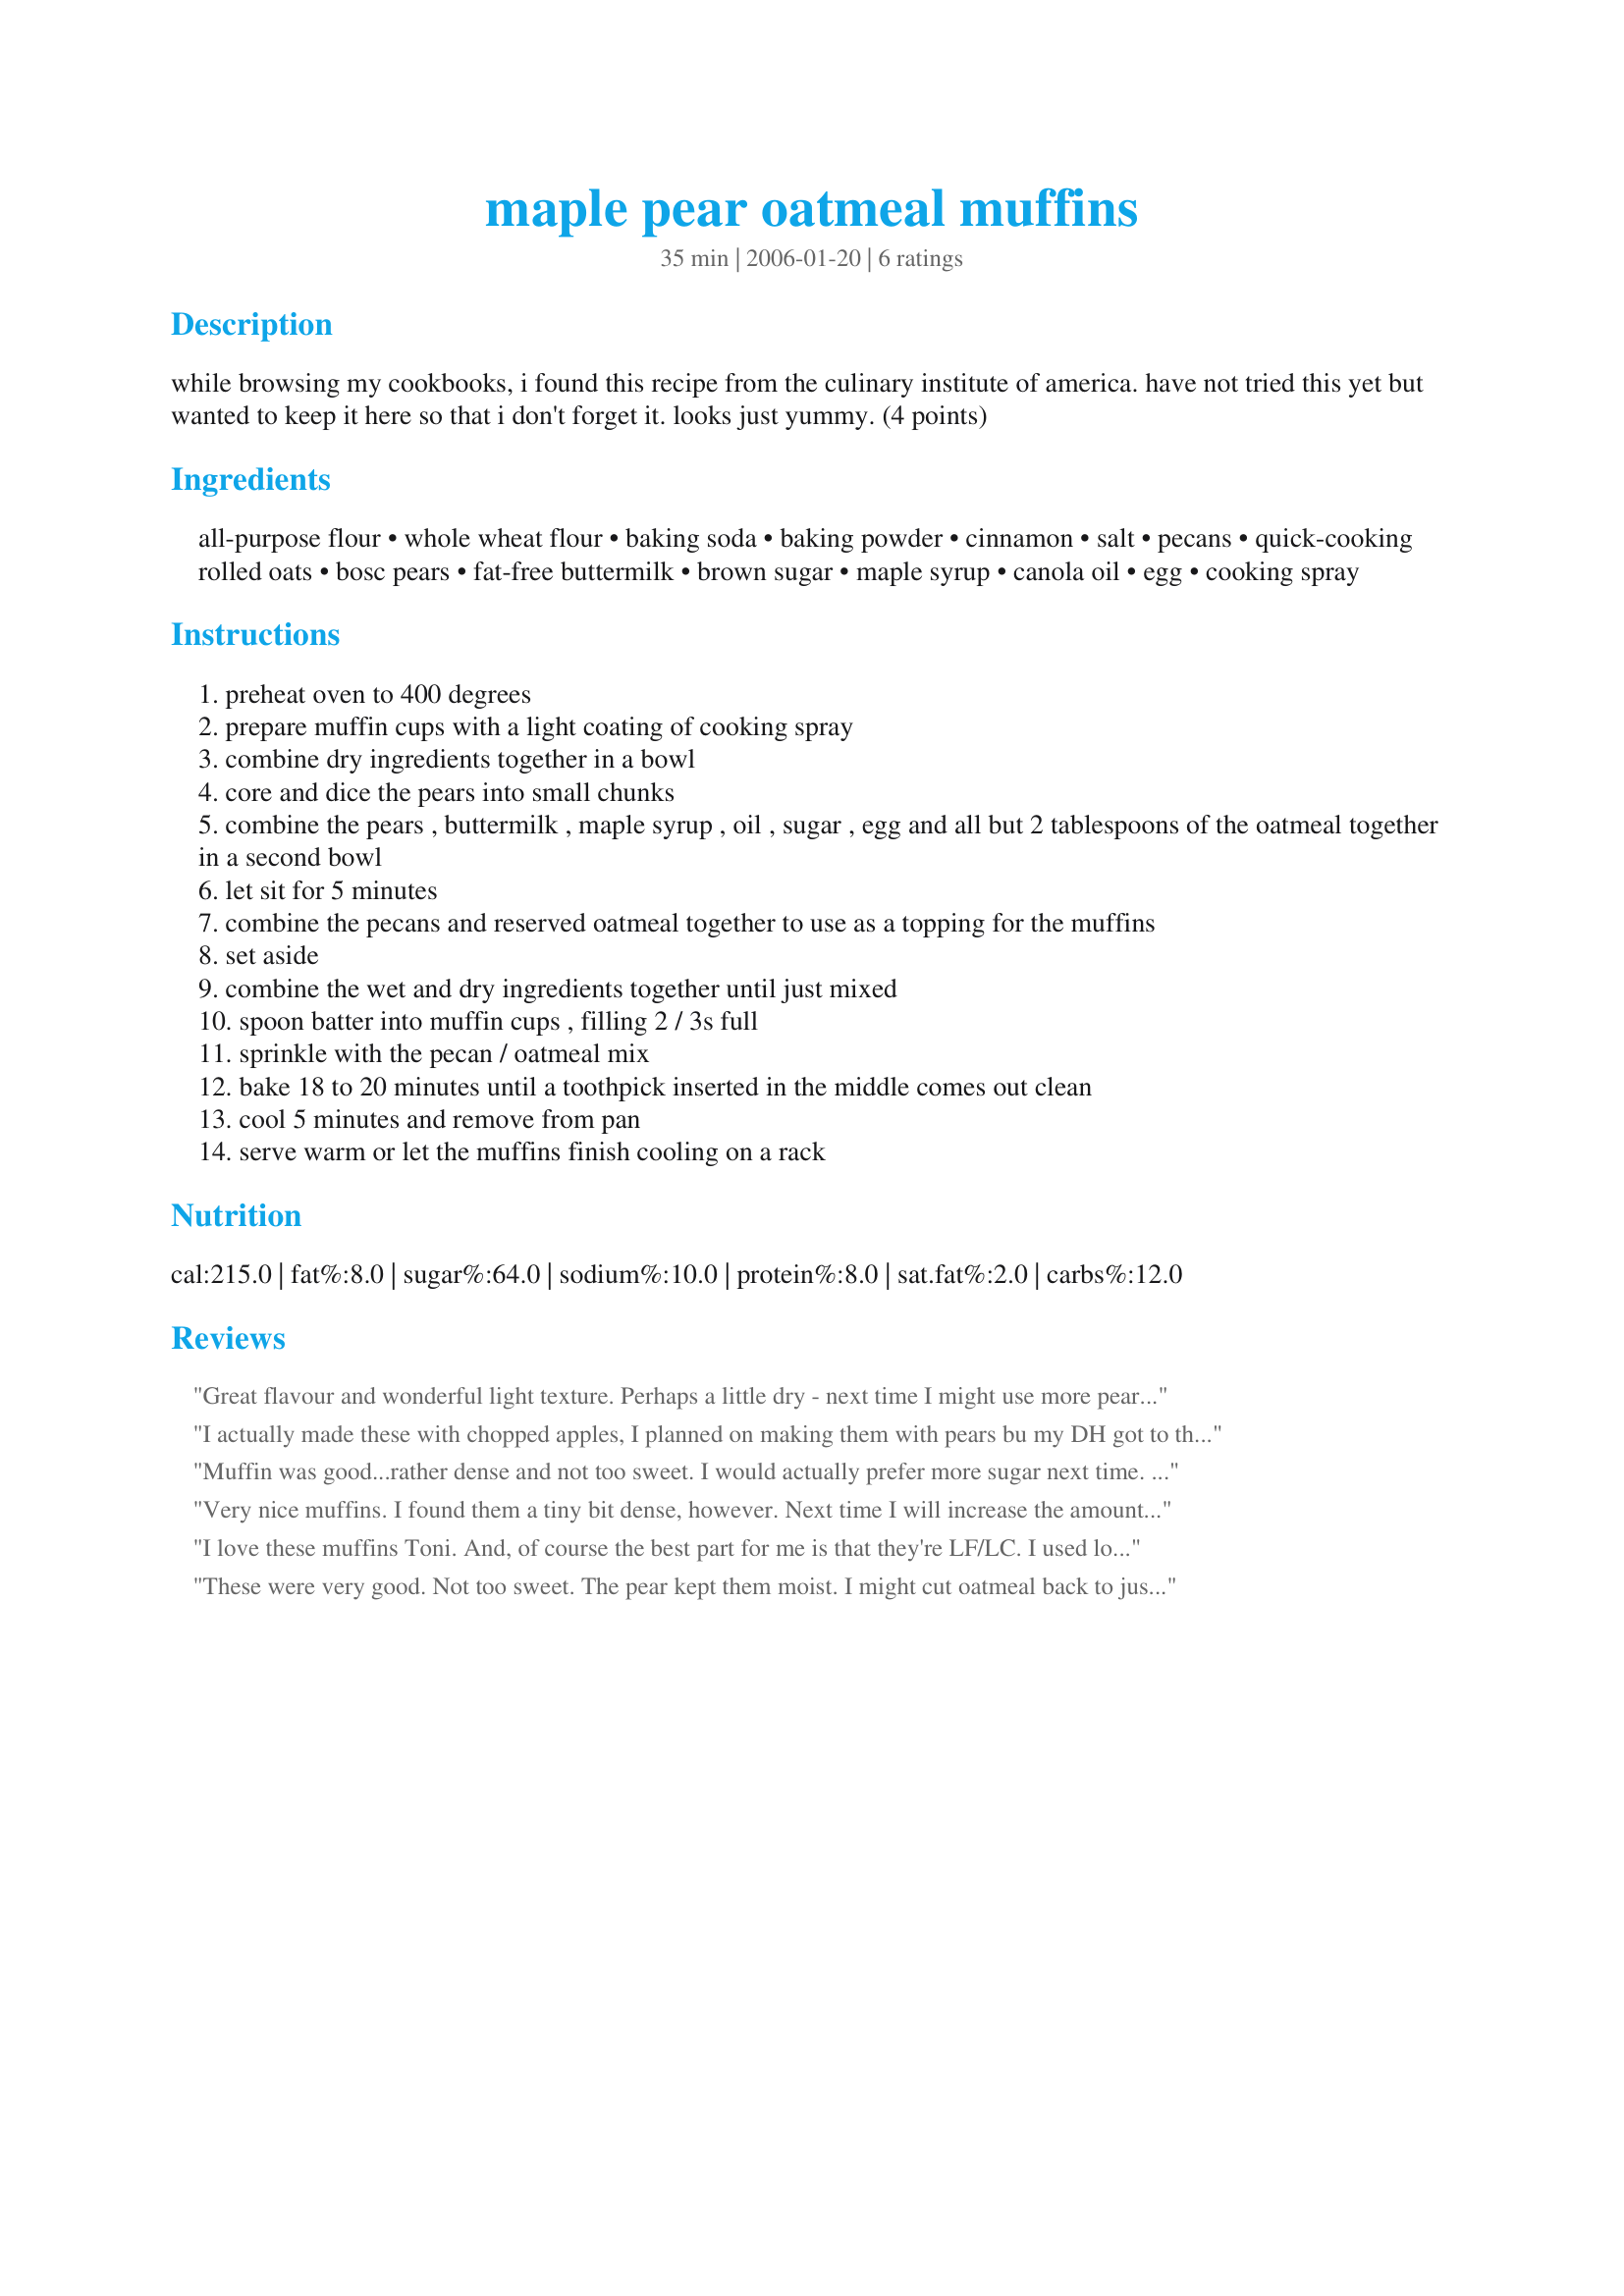
maple pear oatmeal muffins
Preparation time: 35 minutes

while browsing my cookbooks, i found this recipe from the culinary institute of america. have not tried this yet but wanted to keep it here so that i don't forget it. looks just yummy. (4 points)

Ingredients:
all-purpose flour, whole wheat flour, baking soda, baking powder, cinnamon, salt, pecans, quick-cooking rolled oats, bosc pears, fat-free buttermilk, brown sugar, maple syrup, canola oil, egg, cooking spray

Steps:
preheat oven to 400 degrees
prepare muffin cups with a light coating of cooking spray
combine dry ingredients together in a bowl
core and dice the pears into small chunks
combine the pears , buttermilk , maple syrup , oil , sugar , egg and all but 2 tablespoons of the oatmeal together in a second bowl
let sit for 5 minutes
combine the pecans and reserved oatmeal together to use as a topping for the muffins
set aside
combine the wet and dry ingredients together until just mixed
spoon batter into muffin cups , filling 2 / 3s full
sprinkle with the pecan / oatmeal mix
bake 18 to 20 minutes until a toothpick inserted in the middle comes out clean
cool 5 minutes and remove from pan
serve warm or let the muffins finish cooling on a rack

Reviews:
Great flavour and wonderful light texture. Perhaps a little dry - next time I might use more pears. Omitted the pecans and mixed a couple of tablespoons of brown sugar into the oatmeal for the topping,
I actually made these with chopped apples, I planned on making them with pears bu my DH got to the pears before I did lol! These rise nicely, but I found that they need more sugar (just personal preference). Great muffins, thanks Toni!...Kitten:)
Muffin was good...rather dense and not too sweet. I would actually prefer more sugar next time. They taste really good...just not sweet enough for me.
Very nice muffins. I found them a tiny bit dense, however. Next time I will increase the amount of oil slightly and see if that makes a difference. Otherwise, they are very tasty.
I love these muffins Toni. And, of course the best part for me is that they're LF/LC. I used low-fat buttermilk and Splenda brown sugar. (I decided to use the Splenda after reading other reviews stating they weren't sweet enough. I knew the Splenda brown sugar would deliver). Other than those two deviances, followed the recipe as written. They baked up perfectly for me in 20 minutes. A nice golden brown w/a crunchy topping. Mmmm-Mmmm!
Made for ZaarStars~
These were very good. Not too sweet. The pear kept them moist. I might cut oatmeal back to just one cup next time, though.
